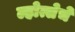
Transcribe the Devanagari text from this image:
ल्होत्सेचे